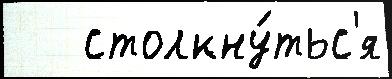
   столкну́тьс'я